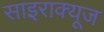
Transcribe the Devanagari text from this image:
साइराक्यूज